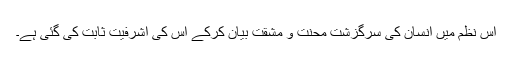
اس نظم میں انسان کی سرگزشت محنت و مشقت بیان کرکے اس کی اشرفیت ثابت کی گئی ہے۔